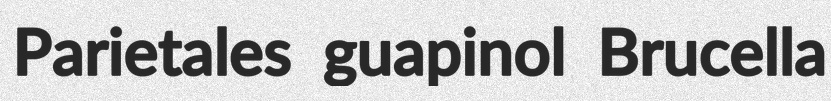
Parietales guapinol Brucella